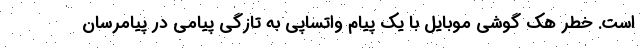
است. خطر هک گوشی موبایل با یک پیام واتساپی به تازگی پیامی در پیامرسان